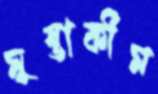
মুস্তাকীম